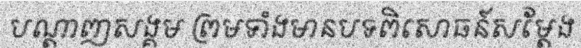
បណ្តាញសង្គម ព្រមទាំងមានបទពិសោធន៍សម្តែង